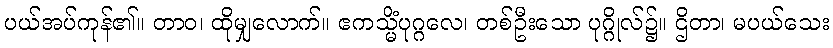
ပယ်အပ်ကုန်၏။ တာဝ၊ ထိုမျှလောက်။ ဧကသ္မိံပုဂ္ဂလေ၊ တစ်ဦးသော ပုဂ္ဂိုလ်၌။ ဌိတာ၊ မပယ်သေး